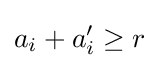
a_{i}+a'_{i}\geq r